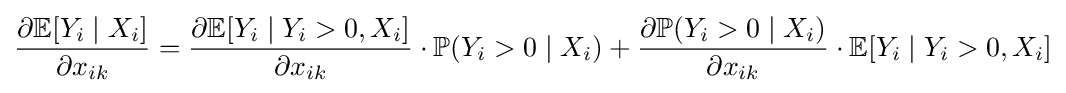
{\frac {\partial \mathbb {E} [Y_{i}\mid X_{i}]}{\partial x_{ik}}}={\frac {\partial \mathbb {E} [Y_{i}\mid Y_{i}>0,X_{i}]}{\partial x_{ik}}}\cdot \mathbb {P} (Y_{i}>0\mid X_{i})+{\frac {\partial \mathbb {P} (Y_{i}>0\mid X_{i})}{\partial x_{ik}}}\cdot \mathbb {E} [Y_{i}\mid Y_{i}>0,X_{i}]